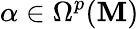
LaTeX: \alpha\in\Omega^{p}(\mathbf{M})